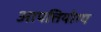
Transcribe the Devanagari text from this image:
आपत्तियोग्य